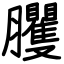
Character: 臞